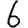
Digit: 6